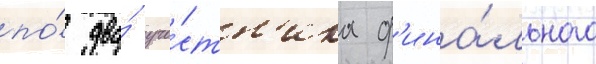
по́ два́ уча́стн'ика ф'ина́льного